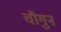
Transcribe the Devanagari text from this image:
चौगुन